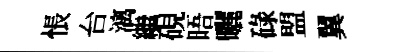
悵台漓繼硯晤曬碌盟翼